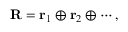
{ \bf R } = { \bf r } _ { 1 } \oplus { \bf r } _ { 2 } \oplus \cdots ,